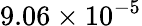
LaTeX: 9.06\times 10^{-5}